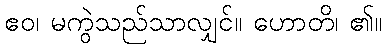
ဧဝ၊ မကွဲသည်သာလျှင်။ ဟောတိ၊ ၏။